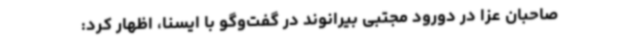
صاحبان عزا در دورود مجتبی بیرانوند در گفت‌وگو با ایسنا، اظهار کرد: